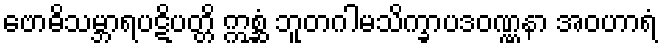
ဗောဓိသမ္ဘာရပဋိပတ္တိ ဣစ္ဆံ ဘူတဂါမသိက္ခာပဒဝဏ္ဏနာ အဝဟာရံ